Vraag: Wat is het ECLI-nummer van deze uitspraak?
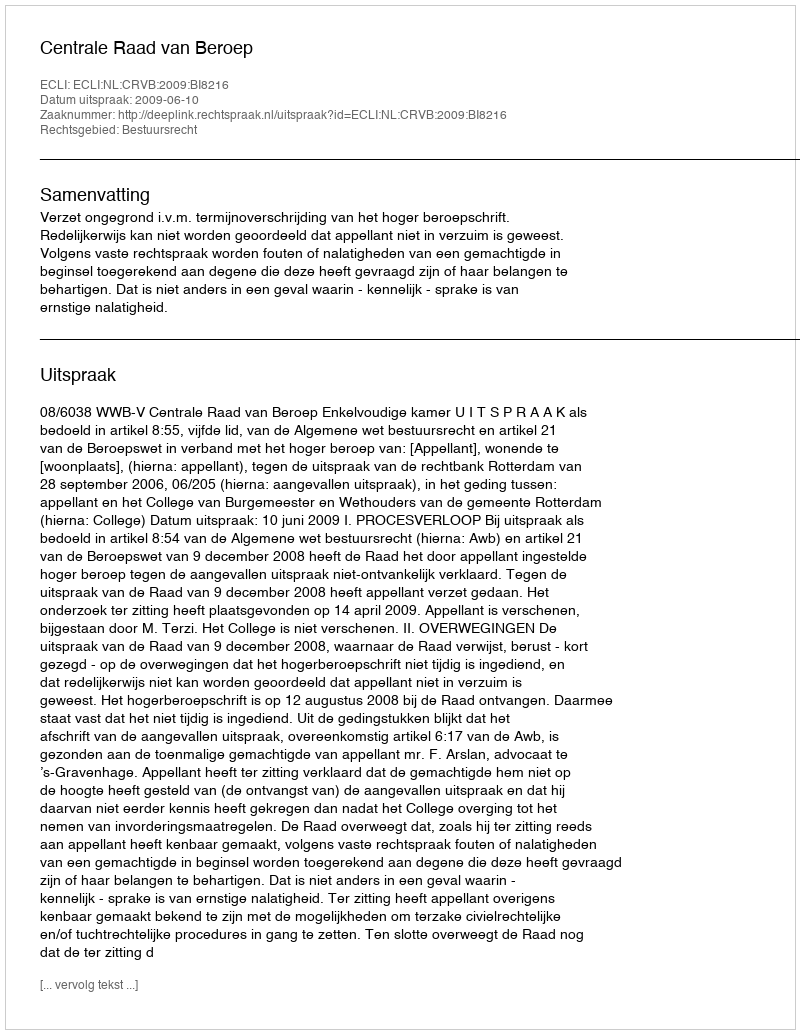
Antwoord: ECLI:NL:CRVB:2009:BI8216